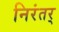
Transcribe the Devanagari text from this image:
निरंतर्